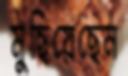
মুছিয়েছেন